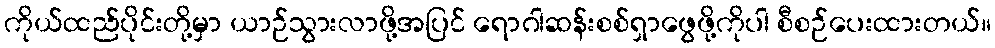
ကိုယ်ထည်ပိုင်းတို့မှာ ယာဉ်သွားလာဖို့အပြင် ရောဂါဆန်းစစ်ရှာဖွေဖို့ကိုပါ စီစဉ်ပေးထားတယ်။